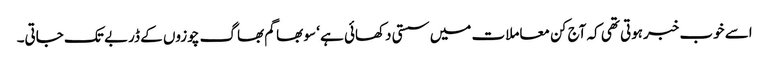
اسے خوب خبرہوتی تھی کہ آج کن معاملات میں سستی دکھائی ہے ‘ سو بھاگم بھاگ چوزوں کے ڈربے تک جاتی۔